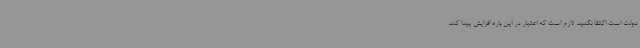
دولت است اکتفا نکنید. لازم است که اعتبار در این باره افزایش پیدا کند.